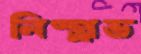
নিষ্প্র্রভ